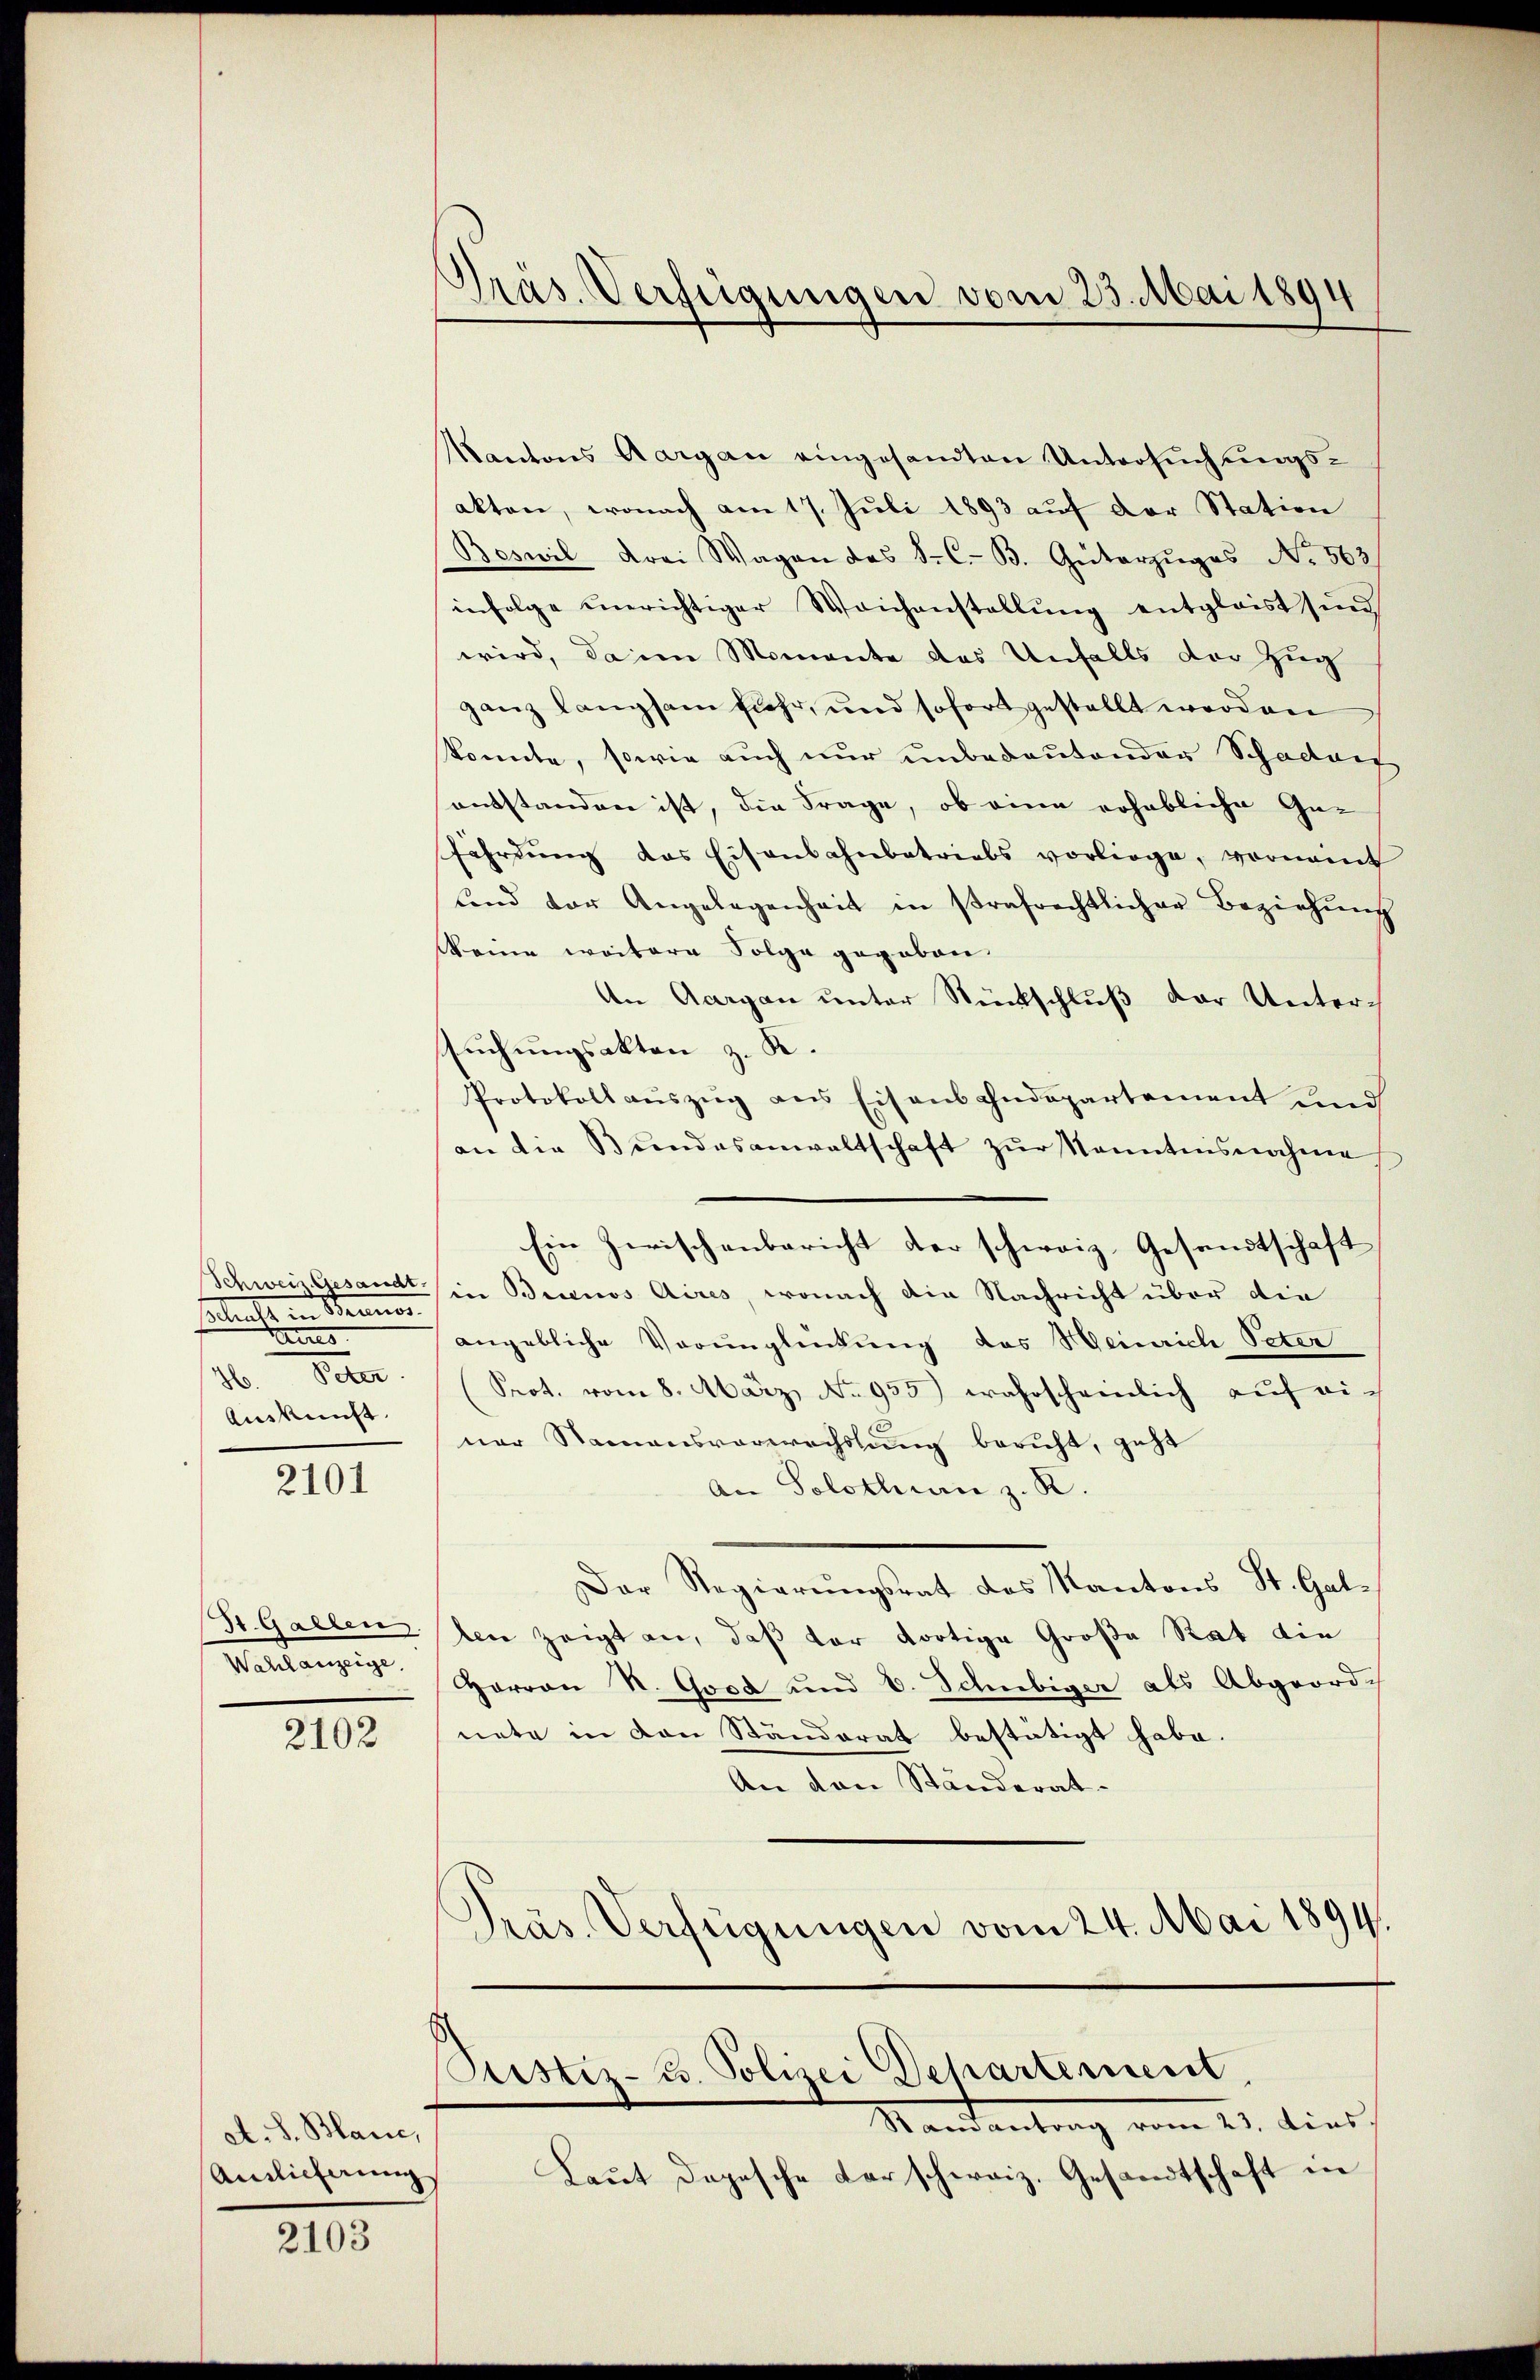
Schalt in Bruner
ares
16. Peter.
Auskunft.

2101

Wahlanzeige,

2102

at. S. Blanc,
Amlicherung

2103

Präs. Verfügungen vom 25. Mai 1894

Kantons Aargau eingesandten Untersuchungsakten, wonach am 17. Juli 1893 auf der Station
Beswil drei Wagen des S. C. B. Güterzuges No. 563
infolge unerichtiger Weichenstellŭng entglaist sind
wird, da in Momente des Unfalls der Zug
ganz langsam fuhr, und sofort gestellt werden
konnte, sowie auch nur unbedeutender Schaden
entstanden ist, die Frage, ob eine erhebliche Gefährdung das Eisenbahnbetriebs vorliege, vornennt
Land vor Angelegenheit in strafrechtlicher Beziehŭng
keine weitere Folge gegeben.
An Acargau unter Rückschluß der Untersuchungsakten z. K.
Protokoll aŭszŭg ans Eisenbahndepartement und
an die Bŭndesanwaltschaft zŭr Kenntnisnahme
Ein Zwischenbericht der schweiz. Gesandtschaft
Schweiz. Gesandt in Brinos Aires, wonach die Nachricht über die
angebliche Vorunglückung des Heinrich Peter
Prot. vom 8. März, No 955) wahrscheinlich auf einer Namensverwechslung beruht, geht
An Solothurn z. R.
Der Regierŭngsrat des Kantons St. Gal-
(Hr. Gallen den zeigt an, daß der dortige Große Rat die
Harron N. Good und 6. Schubiger als Abgeordch
nete in den Ständerat bestätigt habe.
An den Ständerat.
Pras. Verfügungen vom 24. Mai 1894.

Justiz- u. Polizei Departement

Kandentrag vom 21. dies
Laut dopesche darschweiz. Gesandtschaft in